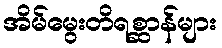
အိမ်မွေးတိရစ္ဆာန်များ